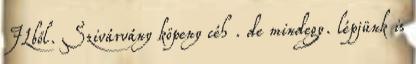
JLből. Szivárvány köpeny céh . de mindegy. lépjünk is